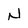
Character: N